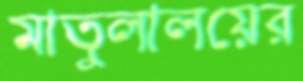
মাতুলালয়ের